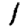
Digit: 1